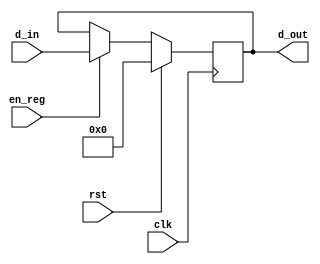
/*
	Title: 32-Bit Register with Synchronous Reset
	Editor: Selene (Computer System and Architecture Lab, ICE, CYCU)
	
	Input Port
		1. clk
		2. rst: mT
		3. en_reg: sO_igJ
		4. d_in: gJs
	Output Port
		1. d_out: s
*/
module reg32 ( clk, rst, en_reg, d_in, d_out );
    input clk, rst, en_reg;
    input[31:0]	d_in;
    output[31:0] d_out;
    reg [31:0] d_out;
   
    always @( posedge clk ) begin
        if ( rst )
			d_out <= 32'b0;
        else if ( en_reg )
			d_out <= d_in;
    end

endmodule